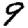
Digit: 9